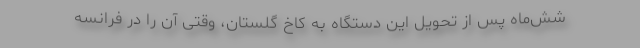
شش‌ماه پس از تحویل این دستگاه به کاخ گلستان، وقتی آن را در فرانسه